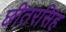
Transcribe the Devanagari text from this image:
छीतरसिंह